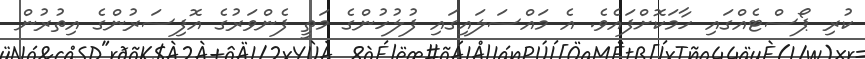
ކުރި ޕޯސްޓެއްގައި ހާމަކޮށްފައެވެ. އެ މައްސަލައިގައި ފުލުހުންގެ މަތީ ފެންވަރުގެ އޮފިސަރުންގެ އިތުރުން